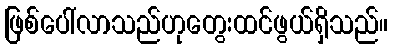
ဖြစ်ပေါ်လာသည်ဟုတွေးထင်ဖွယ်ရှိသည်။